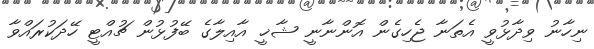
ނިހާނު ވިދާޅުވީ އެތަނާ ޖެހިގެން އޮންނާނީ ޝާޚީ އާއިލާގެ ބޭފުޅުން ޗުއްޓީ ހޭދަކުރައްވާ